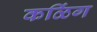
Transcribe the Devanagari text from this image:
कळिंग